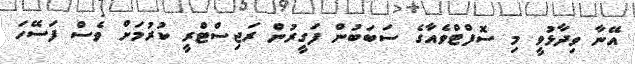
އޭނާ ވިދާޅުވީ މި ސޮފްޓްވެއާގެ ސަބަބުން ފަގީރުން ރަޖިސްޓްރީ ކުރުމަށް ވެސް ފަސޭހަ